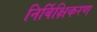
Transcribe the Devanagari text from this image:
निर्बिक्षिकरण